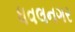
ધવલનગર